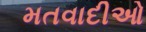
મતવાદીઓ